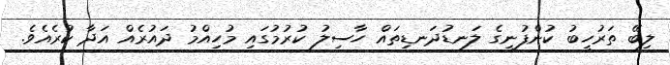
ލިބޭ ތަރުހީބު ކުންފުނީގެ ލަނޑުދަނޑިތައް ހާސިލު ކުރުމުގައި މުހިއްމު ދައުރެއް އަދާ ކުރެއެވެ.